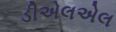
ડીએલએલ